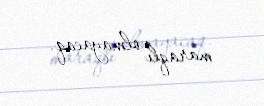
maraqlı olmayacaq.